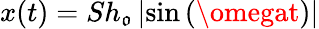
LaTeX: x(t)=Sh_{\mathfrak{o}}\left|\sin\left(\omegat\right)\right|